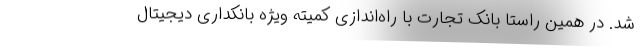
شد. در همین راستا بانک تجارت با راه‌اندازی کمیته ویژه بانکداری دیجیتال